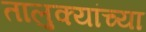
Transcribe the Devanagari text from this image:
तालुक्‍यांच्या